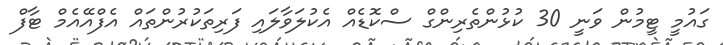
ގައުމީ ޓީމުން ވަނީ 30 ކުޅުންތެރިންގް ސްކޮޑެއް އެކުލަވާލައި ފަރިތަކުރުންތައް އެފްއޭއެމް ޓާފް